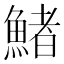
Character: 鯺